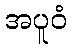
အပူဝံ